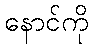
နောင်ကို